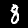
Digit: 8